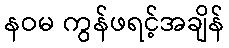
နဝမ ကွန်ဖရင့်အချိန်